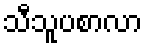
သီသူပစာလာ